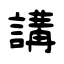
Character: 講